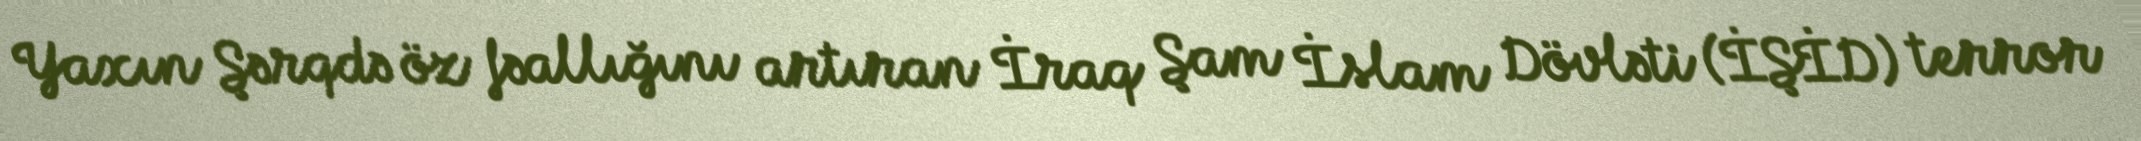
Yaxın Şərqdə öz fəallığını artıran İraq Şam İslam Dövləti (İŞİD) terror